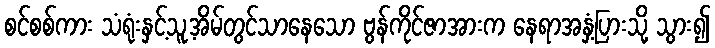
စင်စစ်ကား သံရုံးနှင့်သူ့အိမ်တွင်သာနေသော ဗွန်ကိုင်ဇာအားက နေရာအနှံ့ပြားသို့ သွား၍